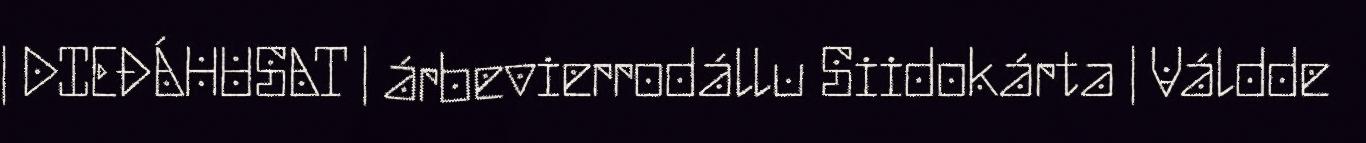
| DIEĐÁHUSAT | árbevierrodállu Siidokárta | Váldde